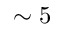
\sim 5